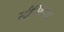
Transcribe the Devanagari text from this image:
स्टीरियोकेंद्र